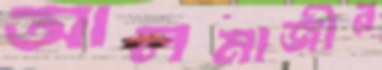
আলমাজীর